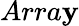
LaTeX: Arra\mathbf{y}